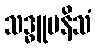
သဒ္ဓူပနိသံ